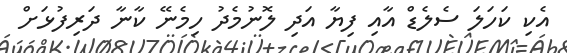
އެކި ކަހަލަ ސެލެޑް އާއި ފިޔާ އަދި ލޮނުމެދު ހިމެނޭ ކާނާ ދަރިފުޅަށް